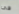
فى